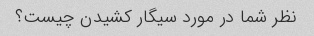
نظر شما در مورد سیگار کشیدن چیست؟